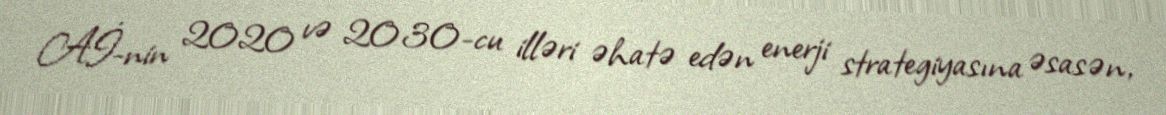
Aİ-nin 2020 və 2030-cu illəri əhatə edən enerji strategiyasına əsasən,